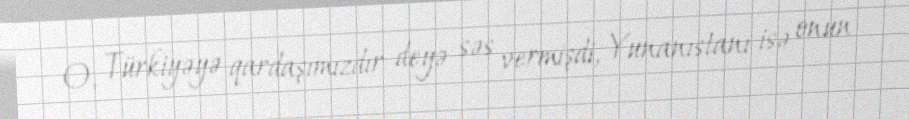
O, Türkiyəyə qardaşımızdır deyə səs vermişdi, Yunanıstanı isə onun